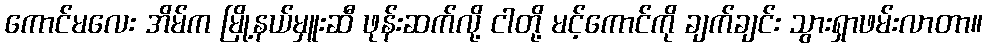
ကောင်မလေး အိမ်က မြို့နယ်မှူးဆီ ဖုန်းဆက်လို့ ငါတို့ မင့်ကောင်ကို ချက်ချင်း သွားရှာဖမ်းလာတာ။